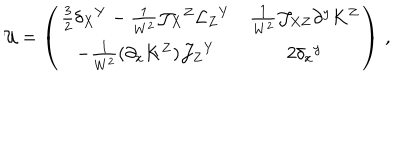
LaTeX: { \cal U } = \left( \begin{matrix} { { \frac 3 2 \delta _ { X } { } ^ { Y } - \frac { 1 } { W ^ { 2 } } { \cal J } _ { X } { } ^ { Z } { \cal L } _ { Z } { } ^ { Y } } } & { { \frac 1 { W ^ { 2 } } { \cal J } _ { X Z } \partial ^ { y } K ^ { Z } } } \\ { { - \frac 1 { W ^ { 2 } } ( \partial _ { x } K ^ { Z } ) { \cal J } _ { Z } { } ^ { Y } } } & { { 2 \delta _ { x } { } ^ { y } } } \\ \end{matrix} \right) \, ,